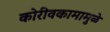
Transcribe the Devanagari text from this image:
कोरीवकामामुळे